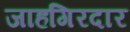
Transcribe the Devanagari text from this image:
जाहगिरदार